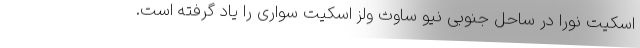
اسکیت نورا در ساحل جنوبی نیو ساوث ولز اسکیت سواری را یاد گرفته است.